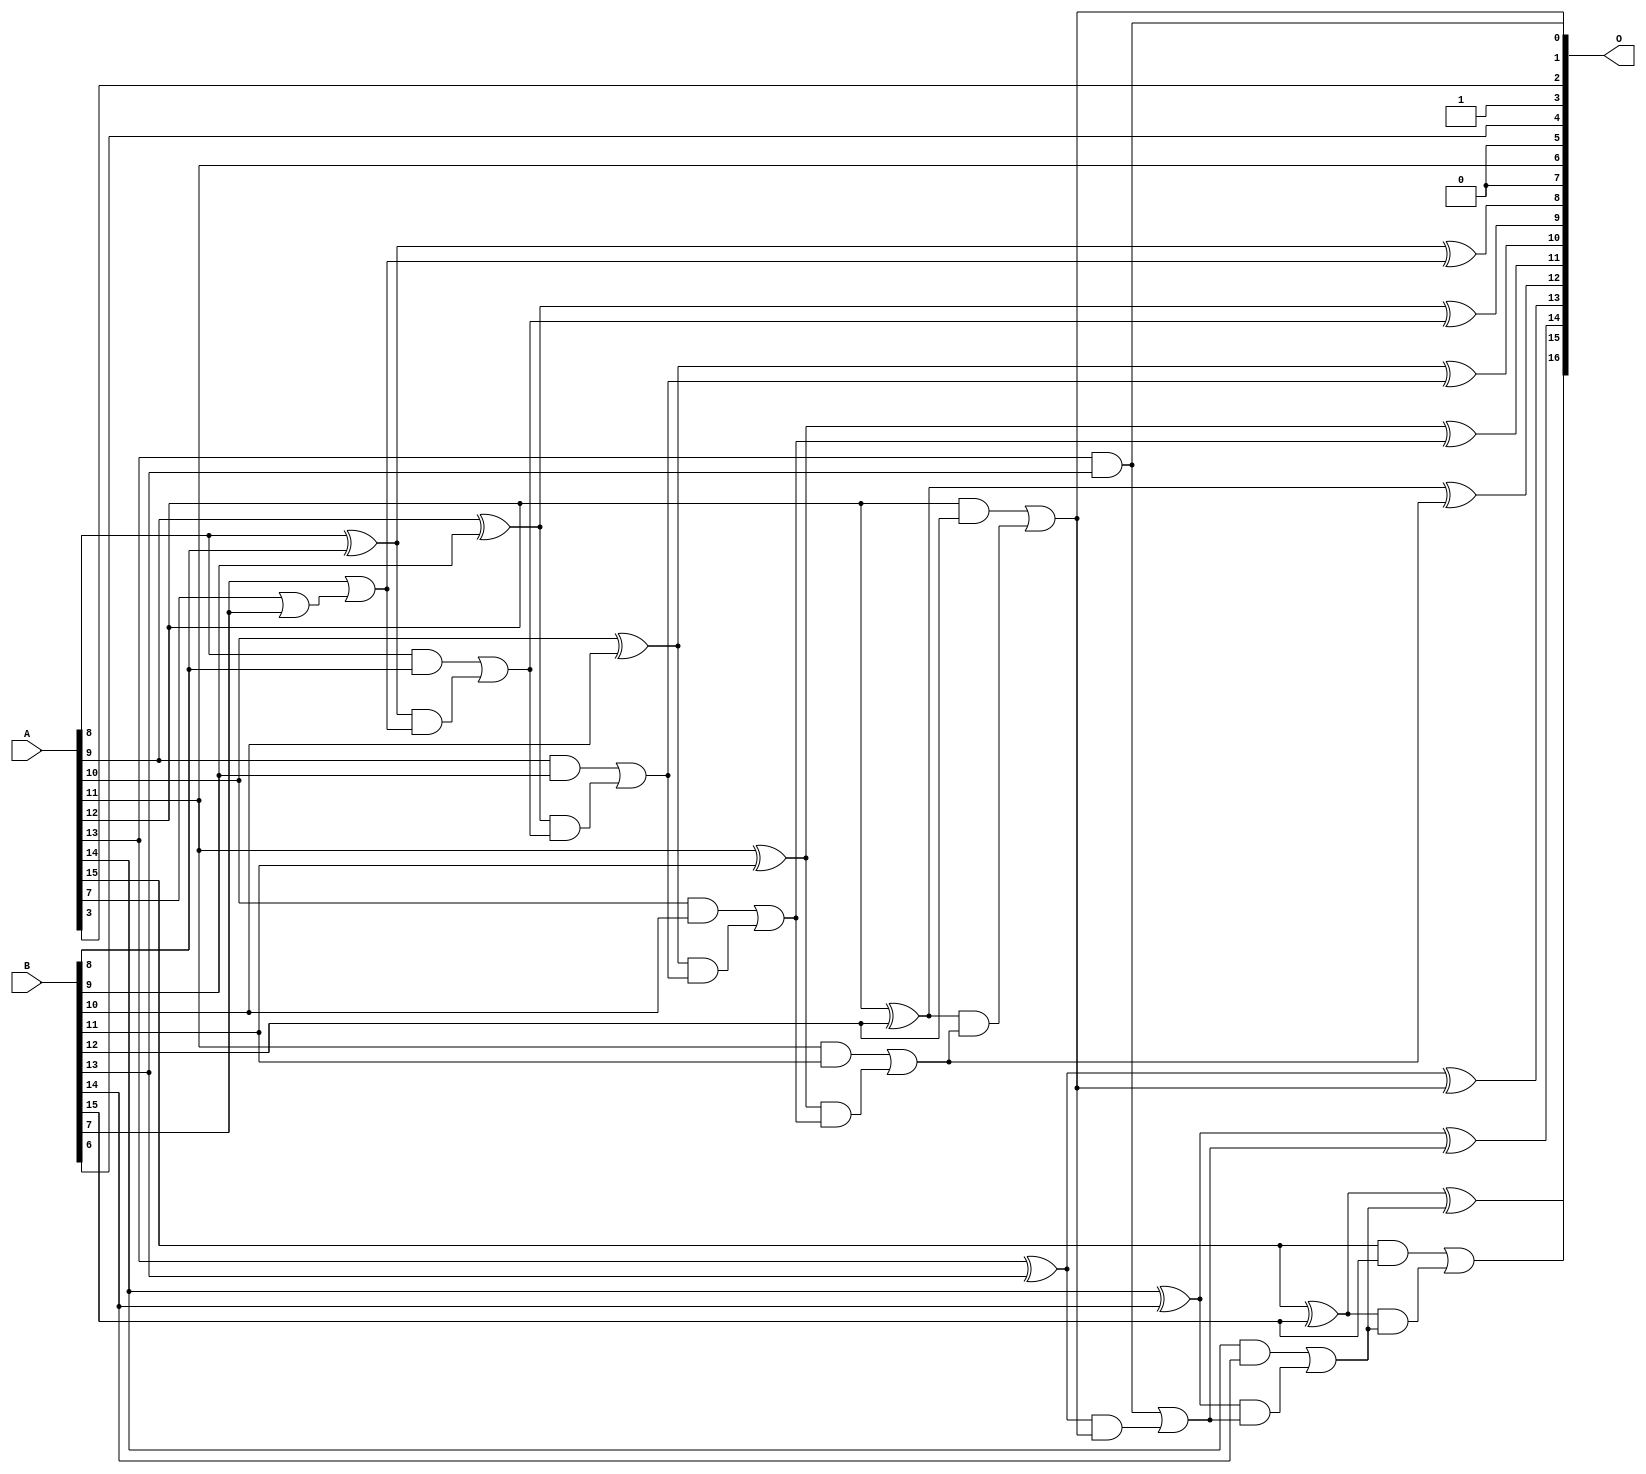
/***
* This code is a part of EvoApproxLib library (ehw.fit.vutbr.cz/approxlib) distributed under The MIT License.
* When used, please cite the following article(s): PRABAKARAN B. S., MRAZEK V., VASICEK Z., SEKANINA L., SHAFIQUE M. ApproxFPGAs: Embracing ASIC-based Approximate Arithmetic Components for FPGA-Based Systems. DAC 2020. 
***/
// MAE% = 0.055 %
// MAE = 72 
// WCE% = 0.17 %
// WCE = 226 
// WCRE% = 700.00 %
// EP% = 99.61 %
// MRE% = 0.15 %
// MSE = 7544 
// FPGA_POWER = 0.38
// FPGA_DELAY = 8.1
// FPGA_LUT = 10


module add16u_095(A, B, O);
  input [15:0] A, B;
  output [16:0] O;
  wire sig_64, sig_66, sig_68, sig_69, sig_70, sig_71;
  wire sig_73, sig_74, sig_75, sig_76, sig_78, sig_79;
  wire sig_80, sig_81, sig_83, sig_84, sig_85, sig_86;
  wire sig_88, sig_89, sig_90, sig_91, sig_94, sig_96;
  wire sig_98, sig_99, sig_100, sig_101, sig_103, sig_104;
  wire sig_105, sig_106;
  assign O[7] = 1'b0;
  assign O[5] = 1'b0;
  assign sig_64 = A[7] | B[7];
  assign O[3] = 1'b1;
  assign sig_66 = sig_64;
  assign sig_68 = B[7] | sig_66;
  assign sig_69 = A[8] ^ B[8];
  assign sig_70 = A[8] & B[8];
  assign sig_71 = sig_69 & sig_68;
  assign O[8] = sig_69 ^ sig_68;
  assign sig_73 = sig_70 | sig_71;
  assign sig_74 = A[9] ^ B[9];
  assign sig_75 = A[9] & B[9];
  assign sig_76 = sig_74 & sig_73;
  assign O[9] = sig_74 ^ sig_73;
  assign sig_78 = sig_75 | sig_76;
  assign sig_79 = A[10] ^ B[10];
  assign sig_80 = A[10] & B[10];
  assign sig_81 = sig_79 & sig_78;
  assign O[10] = sig_79 ^ sig_78;
  assign sig_83 = sig_80 | sig_81;
  assign sig_84 = A[11] ^ B[11];
  assign sig_85 = A[11] & B[11];
  assign sig_86 = sig_84 & sig_83;
  assign O[11] = sig_84 ^ sig_83;
  assign sig_88 = sig_85 | sig_86;
  assign sig_89 = A[12] ^ B[12];
  assign sig_90 = A[12] & B[12];
  assign sig_91 = sig_89 & sig_88;
  assign O[12] = sig_89 ^ sig_88;
  assign O[0] = sig_90 | sig_91;
  assign sig_94 = A[13] ^ B[13];
  assign O[1] = A[13] & B[13];
  assign sig_96 = sig_94 & O[0];
  assign O[13] = sig_94 ^ O[0];
  assign sig_98 = O[1] | sig_96;
  assign sig_99 = A[14] ^ B[14];
  assign sig_100 = A[14] & B[14];
  assign sig_101 = sig_99 & sig_98;
  assign O[14] = sig_99 ^ sig_98;
  assign sig_103 = sig_100 | sig_101;
  assign sig_104 = A[15] ^ B[15];
  assign sig_105 = A[15] & B[15];
  assign sig_106 = sig_104 & sig_103;
  assign O[15] = sig_104 ^ sig_103;
  assign O[16] = sig_105 | sig_106;
  assign O[2] = A[3];
  assign O[4] = B[6];
  assign O[6] = A[11];
endmodule